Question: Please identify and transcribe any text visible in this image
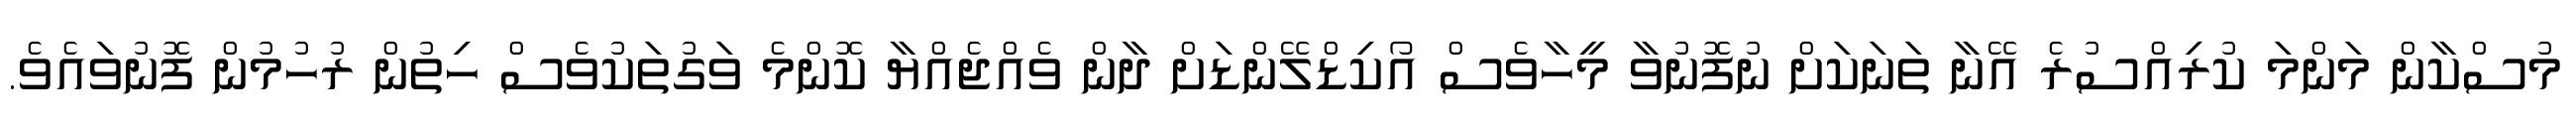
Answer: މުސްކާން މަންމަ ކުރިއްސުރެ އޭނާ ތަނަކަށް ނުފޮނުވާ މީހާވެސް އޯކިޑްލޭންޑަށް ދާން ވެއްޖެއްޔާ ކޮންމެ ވަގުތަކުވެސް ހިތުން ރުހުމުން ފޮނުވައެވެ.